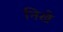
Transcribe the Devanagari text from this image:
निखे